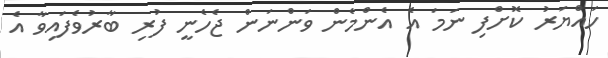
ހައްޔަރު ކޮށްފި ނަމަ އެ އެންމެން ވަންނަން ޖެހެނީ ފުރި ބާރުވެފައިވާ އެ